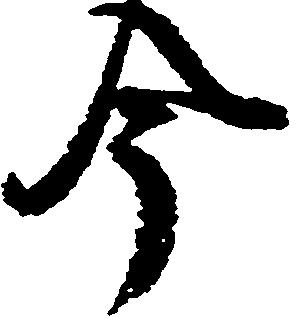
今